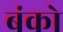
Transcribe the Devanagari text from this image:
बंको